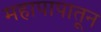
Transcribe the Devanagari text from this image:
महापापातून